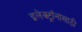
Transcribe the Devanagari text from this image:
इलेक्ट्रॉनांसाठी